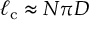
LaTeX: \ell _ { \mathrm { c } } \approx N \pi D